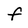
Character: f